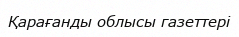
Қарағанды облысы газеттері